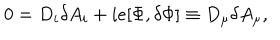
0 = D _ { i } \delta A _ { i } + i e [ \Phi , \delta \Phi ] \equiv D _ { \mu } \delta A _ { \mu } ,